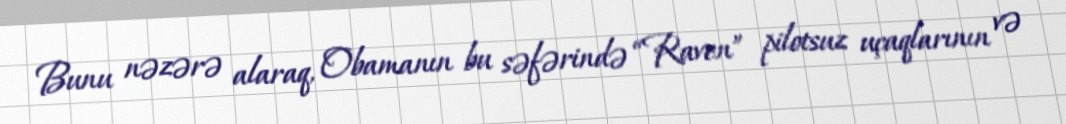
Bunu nəzərə alaraq, Obamanın bu səfərində “Raven” pilotsuz uçaqlarının və